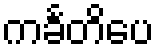
ကင်္ခတိပေ